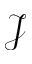
\mathcal { J }